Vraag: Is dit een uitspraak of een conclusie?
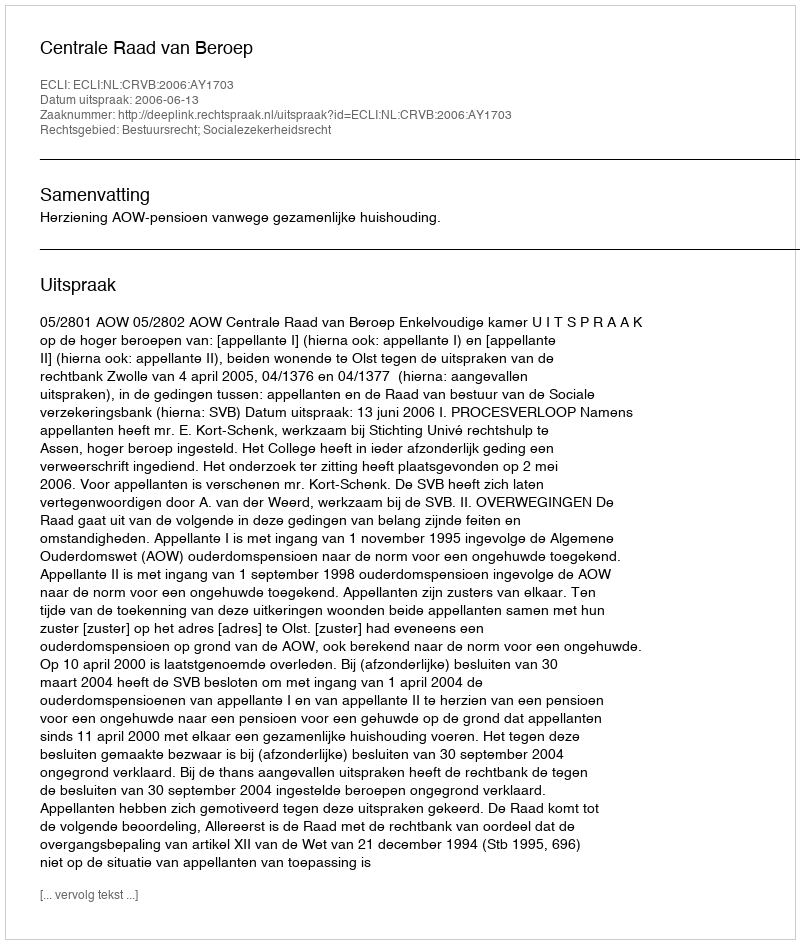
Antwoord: Uitspraak